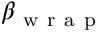
\beta _ { \mathrm { ~ w ~ r ~ a ~ p ~ } }